Annual report of lunatic asylums [Bombay] - 1912-1922
Year: 1912
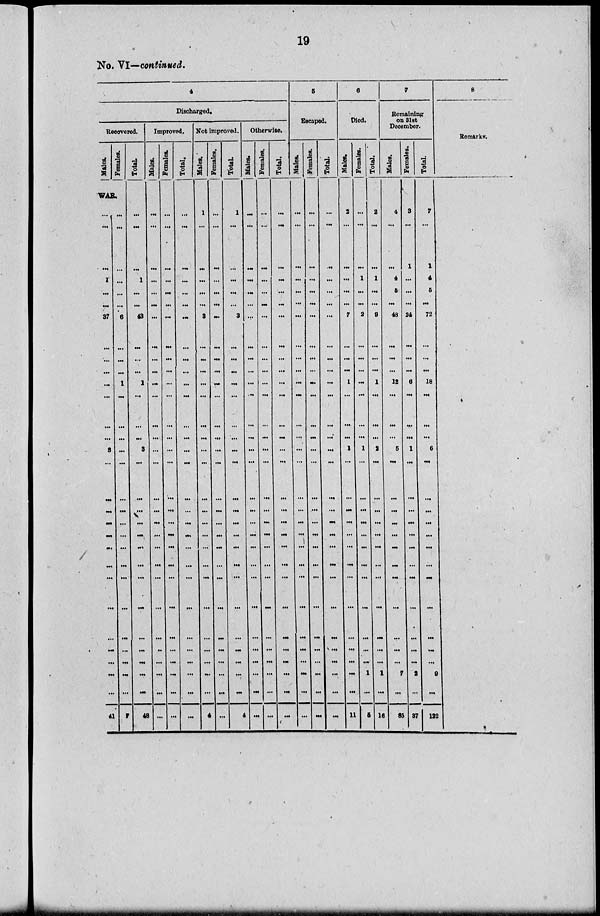
19
No. VI—continued.
4
Discharged.
Recovered.
Males.
Females.
WAR.
...
...
..
1
...
...
37
...
...
...
...
...
...
...
3
...
...
...
...
...
...
...
...
...
...
...
...
...
. ..
41
...
...
...
...
...
...
6
...
...
...
1
...
...
...
...
...
...
...
...
...
...
...
...
...
...
...
...
...
...
7
Total.
...
...
...
1
...
...
43
...
...
...
1
...
...
...
3
...
...
...
...
...
...
...
...
...
...
...
...
...
...
48
Improved.
Males.
...
...
...
...
...
...
...
...
...
...
...
...
...
...
...
...
...
...
...
....
...
...
...
...
...
. .
...
. ..
...
...
Females.
...
...
...
...
...
...
...
...
...
...
...
...
. ..
...
...
...
...
...
...
...
...
...
...
...
...
...
...
...
...
...
Total.
...
...
...
...
. ..
...
...
. ..
...
...
...
...
...
...
...
...
...
...
...
...
...
...
...
...
...
...
...
. ..
...
...
Not improved.
Males.
1
...
...
...
...
. ..
3
...
...
...
...
...
. ..
...
...
...
...
...
...
...
...
...
...
...
...
...
...
...
4
Females.
...
...
...
...
...
...
...
...
...
...
...
...
...
...
...
...
...
...
...
...
...
...
...
...
...
...
...
...
...
...
Total.
1
...
...
...
...
3
...
...
...
...
...
...
...
...
...
...
...
...
...
...
...
...
...
...
...
...
...
4
Otherwise.
Males.
...
...
...
...
...
...
...
...
...
...
...
...
...
...
...
...
...
...
...
...
...
...
...
...
...
. ..
...
...
...
...
Females.
...
...
...
...
...
...
...
...
...
. ..
...
...
...
...
...
...
...
...
...
...
...
...
...
...
...
...
...
...
...
...
Total.
...
..
...
...
...
...
...
...
...
...
...
...
...
...
...
...
...
...
...
...
...
...
...
...
...
...
...
...
...
...
5
Escaped.
Males.
...
...
...
...
...
...
...
...
...
...
...
...
...
...
...
...
...
...
...
...
...
...
...
. ..
...
...
...
...
. ..
...
.Females.
...
...
...
...
...
...
...
...
...
...
...
...
...
...
...
...
...
...
...
...
...
...
...
...
...
...
...
...
...
...
Total.
...
...
...
...
...
...
...
...
...
...
...
...
...
...
...
...
...
...
...
...
...
...
...
...
...
...
...
...
...
...
6
Died.
Males.
2
...
...
...
...
...
7
...
...
...
1
...
...
...
1
...
...
...
. ..
...
...
...
...
...
...
...
...
...
...
11
Females.
...
...
...
1
...
...
3
...
...
...
...
...
...
...
1
...
...
...
...
...
...
...
...
...
...
...
...
1
...
5
Total.
2
...
...
1
...
...
9
. ..
. ..
. ..
1
...
...
...
2
...
...
...
...
...
...
...
...
...
...
...
...
1
. ..
16
7
Remaining
on 31st
December.
Males.
4
...
...
4
5
...
48
...
...
...
12
...
...
...
5
...
...
...
...
...
...
...
...
...
...
...
...
7
...
85
Females.
3
...
1
...
...
...
24
...
...
...
6
...
...
...
1
...
...
...
...
...
...
...
...
...
...
...
...
2
...
37
Total.
7
1
4
5
...
72
...
. ..
...
18
...
...
...
6
...
...
...
...
...
...
...
...
...
...
...
...
9
...
122
8
Remarks.